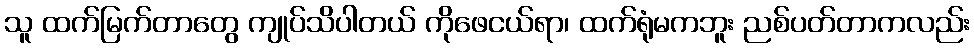
သူ ထက်မြက်တာတွေ ကျုပ်သိပါတယ် ကိုဖေငယ်ရာ၊ ထက်ရုံမကဘူး ညစ်ပတ်တာကလည်း